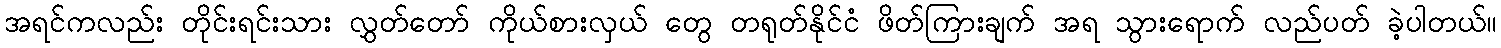
အရင်ကလည်း တိုင်းရင်းသား လွှတ်တော် ကိုယ်စားလှယ် တွေ တရုတ်နိုင်ငံ ဖိတ်ကြားချက် အရ သွားရောက် လည်ပတ် ခဲ့ပါတယ်။